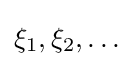
\xi _{1},\xi _{2},\ldots